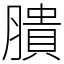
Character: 膭